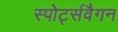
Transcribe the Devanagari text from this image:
स्पोर्ट्सवैगन